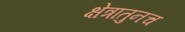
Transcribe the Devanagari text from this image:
क्षेत्रातुनच